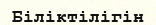
Біліктілігін